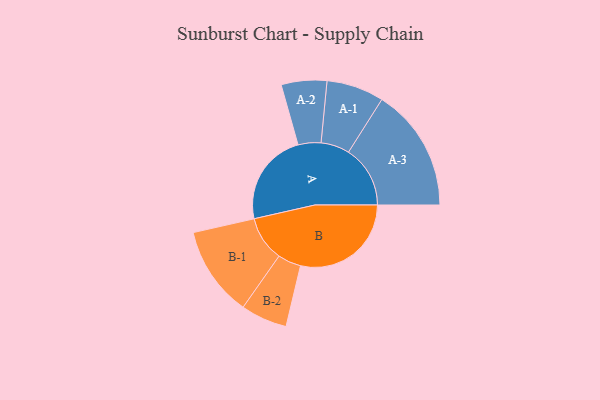
{"axis": {"x": "Segment", "y": "Value"}, "legend": ["", "A", "B"], "data": [{"x": "A", "y": 409, "type": ""}, {"x": "B", "y": 486, "type": ""}, {"x": "A-1", "y": 126, "type": "A"}, {"x": "A-2", "y": 100, "type": "A"}, {"x": "A-3", "y": 271, "type": "A"}, {"x": "B-1", "y": 198, "type": "B"}, {"x": "B-2", "y": 102, "type": "B"}]}